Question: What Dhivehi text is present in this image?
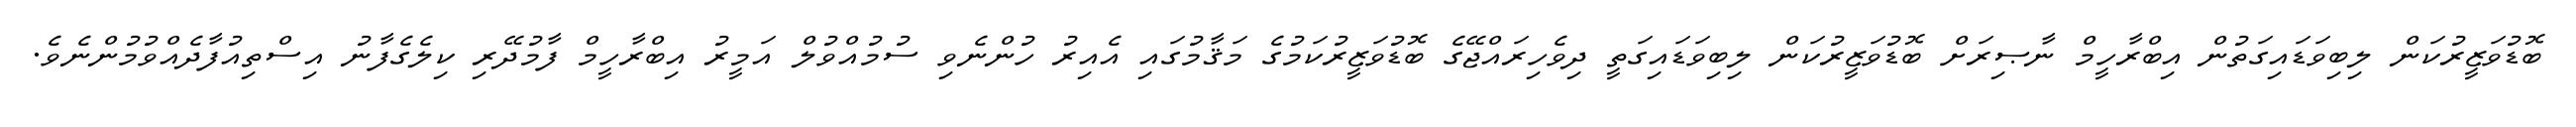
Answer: ބޮޑުވަޒީރުކަން ލިބިވަޑައިގަތުން އިބްރާހީމް ނާޞިރަށް ބޮޑުވަޒީރުކަން ލިބިވަޑައިގަތީ ދިވެހިރައްޖޭގެ ބޮޑުވަޒީރުކަމުގެ މަޤާމުގައި އެއިރު ހުންނެވި ސުމުއްވުލް އަމީރު އިބްރާހީމް ފާމުދޭރި ކިލެގެފާނު އިސްތިއުފާދެއްވުމުންނެވެ.